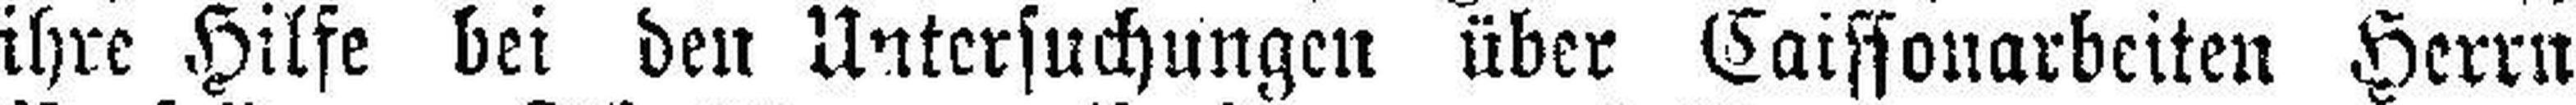
ihre Hilfe bei den Untersuchungen über Caissonarbeiten Herrn